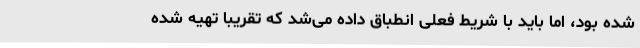
شده بود، اما باید با شریط فعلی انطباق داده می‌شد که تقریبا تهیه شده